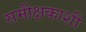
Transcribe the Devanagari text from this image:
समीक्षकाशी